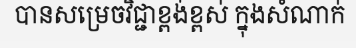
បានសម្រេចវិជ្ជាខ្ពង់ខ្ពស់ ក្នុងសំណាក់